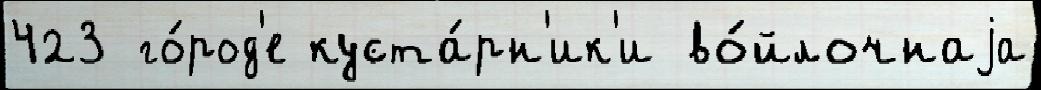
423 го́род'е куста́рн'ик'и во́йлочнаjа